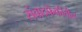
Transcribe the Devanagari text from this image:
संवादफेकीतील